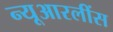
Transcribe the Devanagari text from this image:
न्यूआरलींस